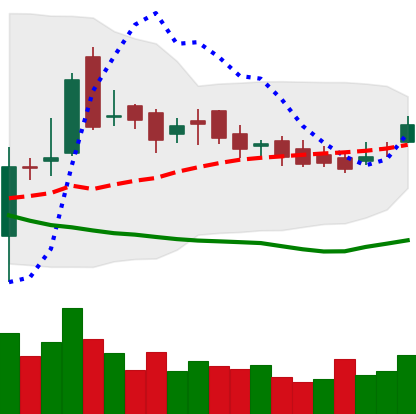
Ticker: LTC-USD
Chart end date: 2016-12-02
Forward return: -8.374%
Label: down_7plus